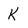
Character: K